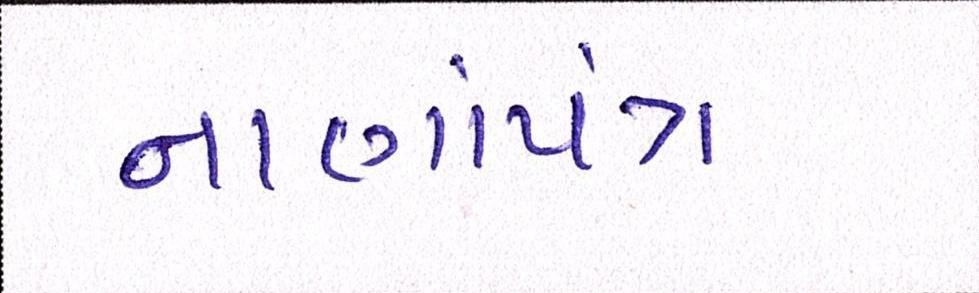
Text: નાણાંપંચ